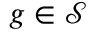
g \in { \mathcal { S } }